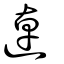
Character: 逴